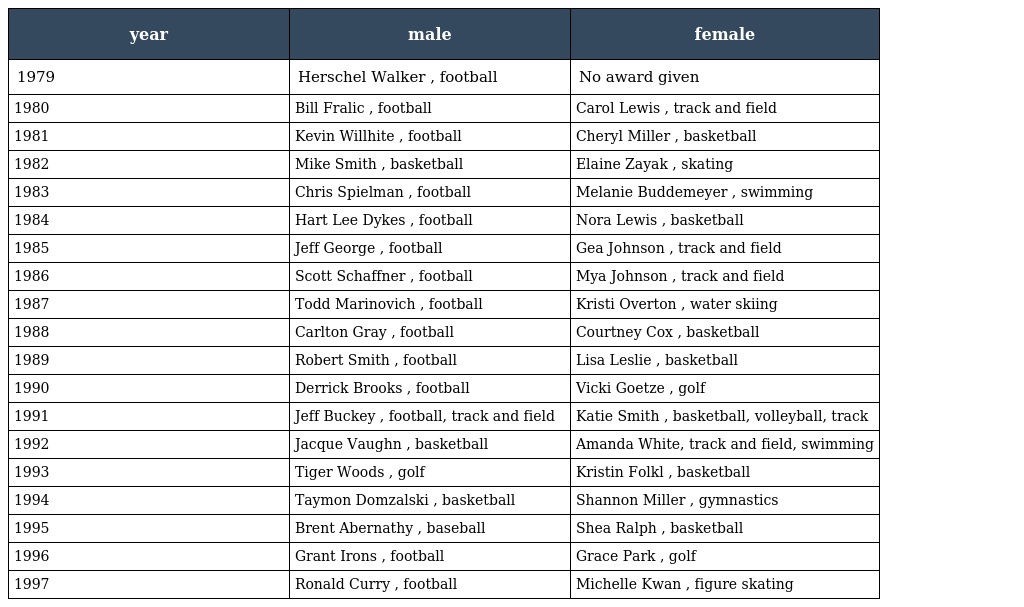
| year | male | female |
 | --- | --- | --- |
 | 1979 | Herschel Walker , football | No award given |
 | 1980 | Bill Fralic , football | Carol Lewis , track and field |
 | 1981 | Kevin Willhite , football | Cheryl Miller , basketball |
 | 1982 | Mike Smith , basketball | Elaine Zayak , skating |
 | 1983 | Chris Spielman , football | Melanie Buddemeyer , swimming |
 | 1984 | Hart Lee Dykes , football | Nora Lewis , basketball |
 | 1985 | Jeff George , football | Gea Johnson , track and field |
 | 1986 | Scott Schaffner , football | Mya Johnson , track and field |
 | 1987 | Todd Marinovich , football | Kristi Overton , water skiing |
 | 1988 | Carlton Gray , football | Courtney Cox , basketball |
 | 1989 | Robert Smith , football | Lisa Leslie , basketball |
 | 1990 | Derrick Brooks , football | Vicki Goetze , golf |
 | 1991 | Jeff Buckey , football, track and field | Katie Smith , basketball, volleyball, track |
 | 1992 | Jacque Vaughn , basketball | Amanda White, track and field, swimming |
 | 1993 | Tiger Woods , golf | Kristin Folkl , basketball |
 | 1994 | Taymon Domzalski , basketball | Shannon Miller , gymnastics |
 | 1995 | Brent Abernathy , baseball | Shea Ralph , basketball |
 | 1996 | Grant Irons , football | Grace Park , golf |
 | 1997 | Ronald Curry , football | Michelle Kwan , figure skating |